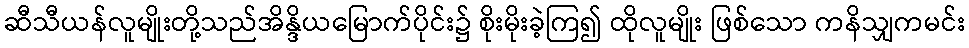
ဆီသီယန်လူမျိုးတို့သည်အိန္ဒိယမြောက်ပိုင်း၌ စိုးမိုးခဲ့ကြ၍ ထိုလူမျိုး ဖြစ်သော ကနိသျှကမင်း